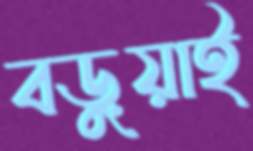
বড়ুয়াই